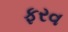
ફરવ